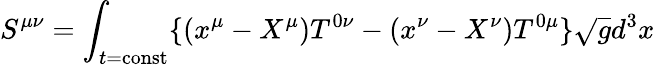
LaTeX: S^{\mu\nu}=\int_{t=\mathrm{{const}}}\{ (x^{\mu}-X^{\mu})T^{0\nu}-(x^{\nu}-X^{\nu})T^{0\mu}\} {\sqrt{g}}d^{3}x